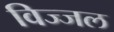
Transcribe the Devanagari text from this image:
विज्जल